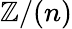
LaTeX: \mathbb{Z}/(n)